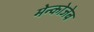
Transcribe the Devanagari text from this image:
मेन्कोजेब